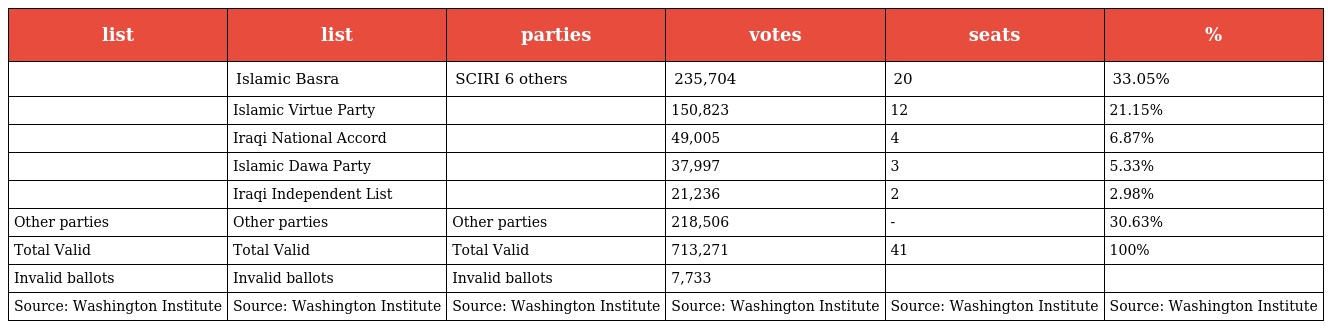
| list | list | parties | votes | seats | % |
 | --- | --- | --- | --- | --- | --- |
 |  | Islamic Basra | SCIRI 6 others | 235,704 | 20 | 33.05% |
 |  | Islamic Virtue Party |  | 150,823 | 12 | 21.15% |
 |  | Iraqi National Accord |  | 49,005 | 4 | 6.87% |
 |  | Islamic Dawa Party |  | 37,997 | 3 | 5.33% |
 |  | Iraqi Independent List |  | 21,236 | 2 | 2.98% |
 | Other parties | Other parties | Other parties | 218,506 | - | 30.63% |
 | Total Valid | Total Valid | Total Valid | 713,271 | 41 | 100% |
 | Invalid ballots | Invalid ballots | Invalid ballots | 7,733 |  |  |
 | Source: Washington Institute | Source: Washington Institute | Source: Washington Institute | Source: Washington Institute | Source: Washington Institute | Source: Washington Institute |